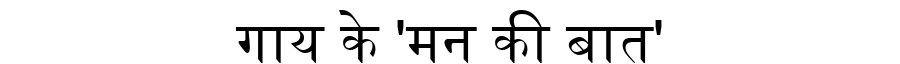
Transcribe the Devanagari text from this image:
गाय के 'मन की बात'